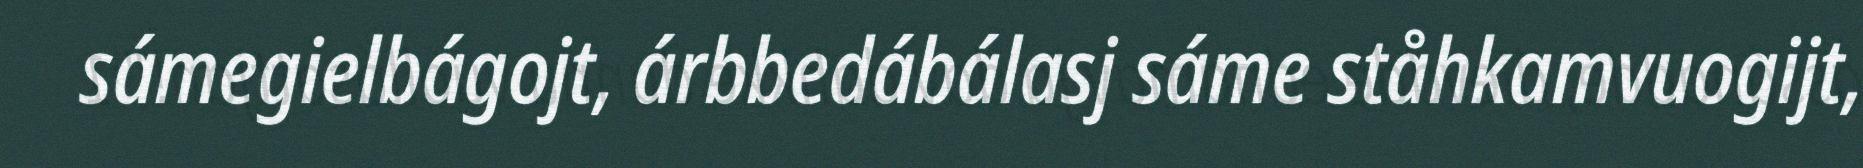
sámegielbágojt, árbbedábálasj sáme ståhkamvuogijt,